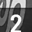
Digit: 2